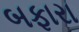
બફારા